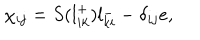
LaTeX: \chi _ { i j } = S ( l _ { i k } ^ { + } ) l _ { k i } ^ { - } - \delta _ { i j } e ,